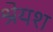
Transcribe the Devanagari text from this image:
श्रेयश